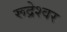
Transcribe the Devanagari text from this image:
रूद्रेश्वर